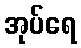
အုပ်ရေ